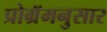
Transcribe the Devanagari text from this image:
प्रोग्रॅमनुसार